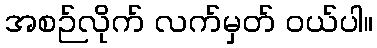
အစဉ်လိုက် လက်မှတ် ဝယ်ပါ။